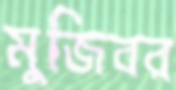
মুজিবর